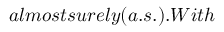
a l m o s t s u r e l y ( a . s . ) . W i t h